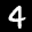
Digit: 4